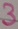
Text: 3